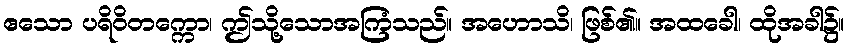
ဧသော ပရိဝိတက္ကော၊ ဤသို့သောအကြံသည်။ အဟောသိ၊ ဖြစ်၏။ အထခေါ၊ ထိုအခါ၌။